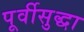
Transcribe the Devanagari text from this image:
पूर्वीसुद्धा